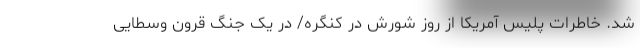
شد. خاطرات پلیس آمریکا از روز شورش در کنگره/ در یک جنگ قرون وسطایی